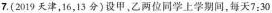
7.(2019天津，16，13分)设甲，乙两位同学上学期间，每天7:30